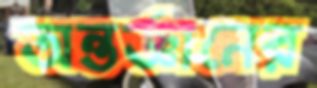
অন্তর্জ্ঞানের